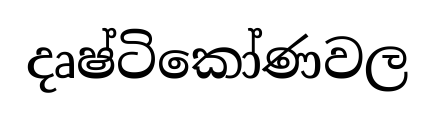
දෘෂ්ටිකෝණවල